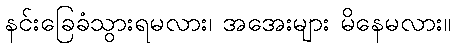
နင်းခြေခံသွားရမလား၊ အအေးများ မိနေမလား။